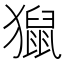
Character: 𤢡